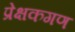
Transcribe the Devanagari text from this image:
प्रेक्षकगण